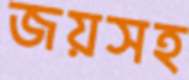
জয়সহ